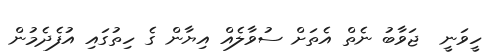
ހީވަނީ  ޖަވާބު ނެތް އެތަށް ސުވާލެއް އިޔާން ގެ ހިތުގައި އުފެދެމުން